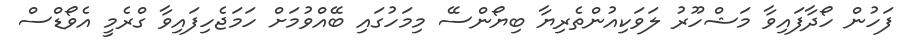
ފަހުން ހޯދާފައިވާ މަޝްހޫރު ލަވަކިއުންތެރިޔާ ބިޔޯންސޭ މިމަހުގައި ބޭއްވުމަށް ހަމަޖެހިފައިވާ ގްރެމީ އެވޯޑްސް